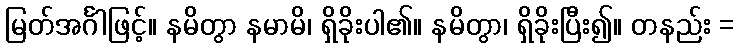
မြတ်အင်္ဂါဖြင့်။ နမိတွာ နမာမိ၊ ရှိခိုးပါ၏။ နမိတွာ၊ ရှိခိုးပြီး၍။ တနည်း =